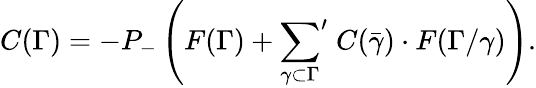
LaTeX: C(\Gamma)=-P_{-}\left(F(\Gamma)+{\sum_{\gamma\subset\Gamma}}^{\prime}\; C(\bar{\gamma})\cdot F(\Gamma/\gamma)\right).